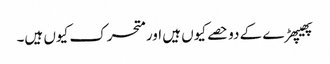
پھیپھڑے کے دو حصے کیوں ہیں اور متحرک کیوں ہیں۔